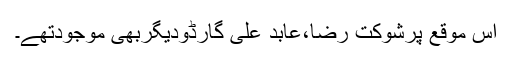
اس موقع پرشوکت رضا،عابد علی گارڈودیگربھی موجودتھے۔